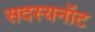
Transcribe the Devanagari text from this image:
सदस्यनॉट